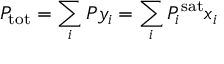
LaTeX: P _ { \mathrm { { t o t } } } = \sum _ { i } P y _ { i } = \sum _ { i } P _ { i } ^ { \mathrm { { s a t } } } x _ { i }